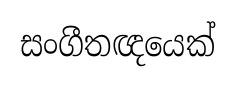
සංගීතඥයෙක්